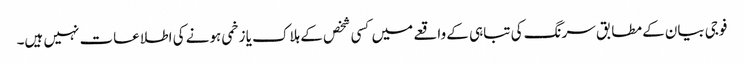
فوجی بیان کے مطابق سرنگ کی تباہی کے واقعے میں کسی شخص کے ہلاک یا زخمی ہونے کی اطلاعات نہیں ہیں۔